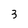
Character: 3